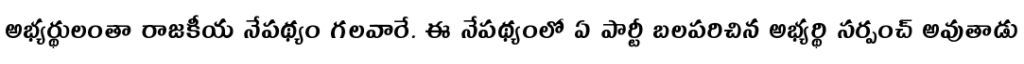
అభ్యర్థులంతా రాజకీయ నేపథ్యం గలవారే. ఈ నేపథ్యంలో ఏ పార్టీ బలపరిచిన అభ్యర్థి సర్పంచ్ అవుతాడు